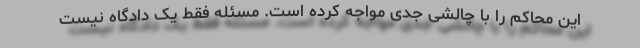
این محاکم را با چالشی جدی مواجه کرده است. مسئله فقط یک دادگاه نیست